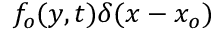
f _ { o } ( y , t ) \delta ( x - x _ { o } )